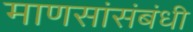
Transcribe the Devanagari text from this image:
माणसांसंबंधी